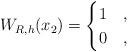
\begin{align*}W_{R,h}(x_2) = \begin{cases} 1 & , \\ 0 & , \end{cases}\end{align*}